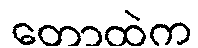
တောထဲက